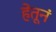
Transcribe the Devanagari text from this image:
हेतूनं